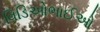
વિડિઓભાઈઓ